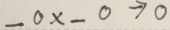
\_ 0 \times \_ 0 \rightarrow 0